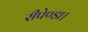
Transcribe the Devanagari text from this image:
रीपेण्डा।